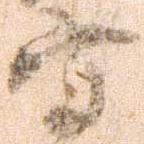
守